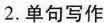
2.单句写作